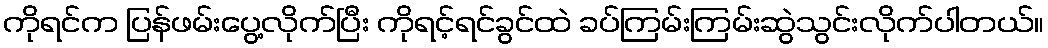
ကိုရင်က ပြန်ဖမ်းပွေ့လိုက်ပြီး ကိုရင့်ရင်ခွင်ထဲ ခပ်ကြမ်းကြမ်းဆွဲသွင်းလိုက်ပါတယ်။